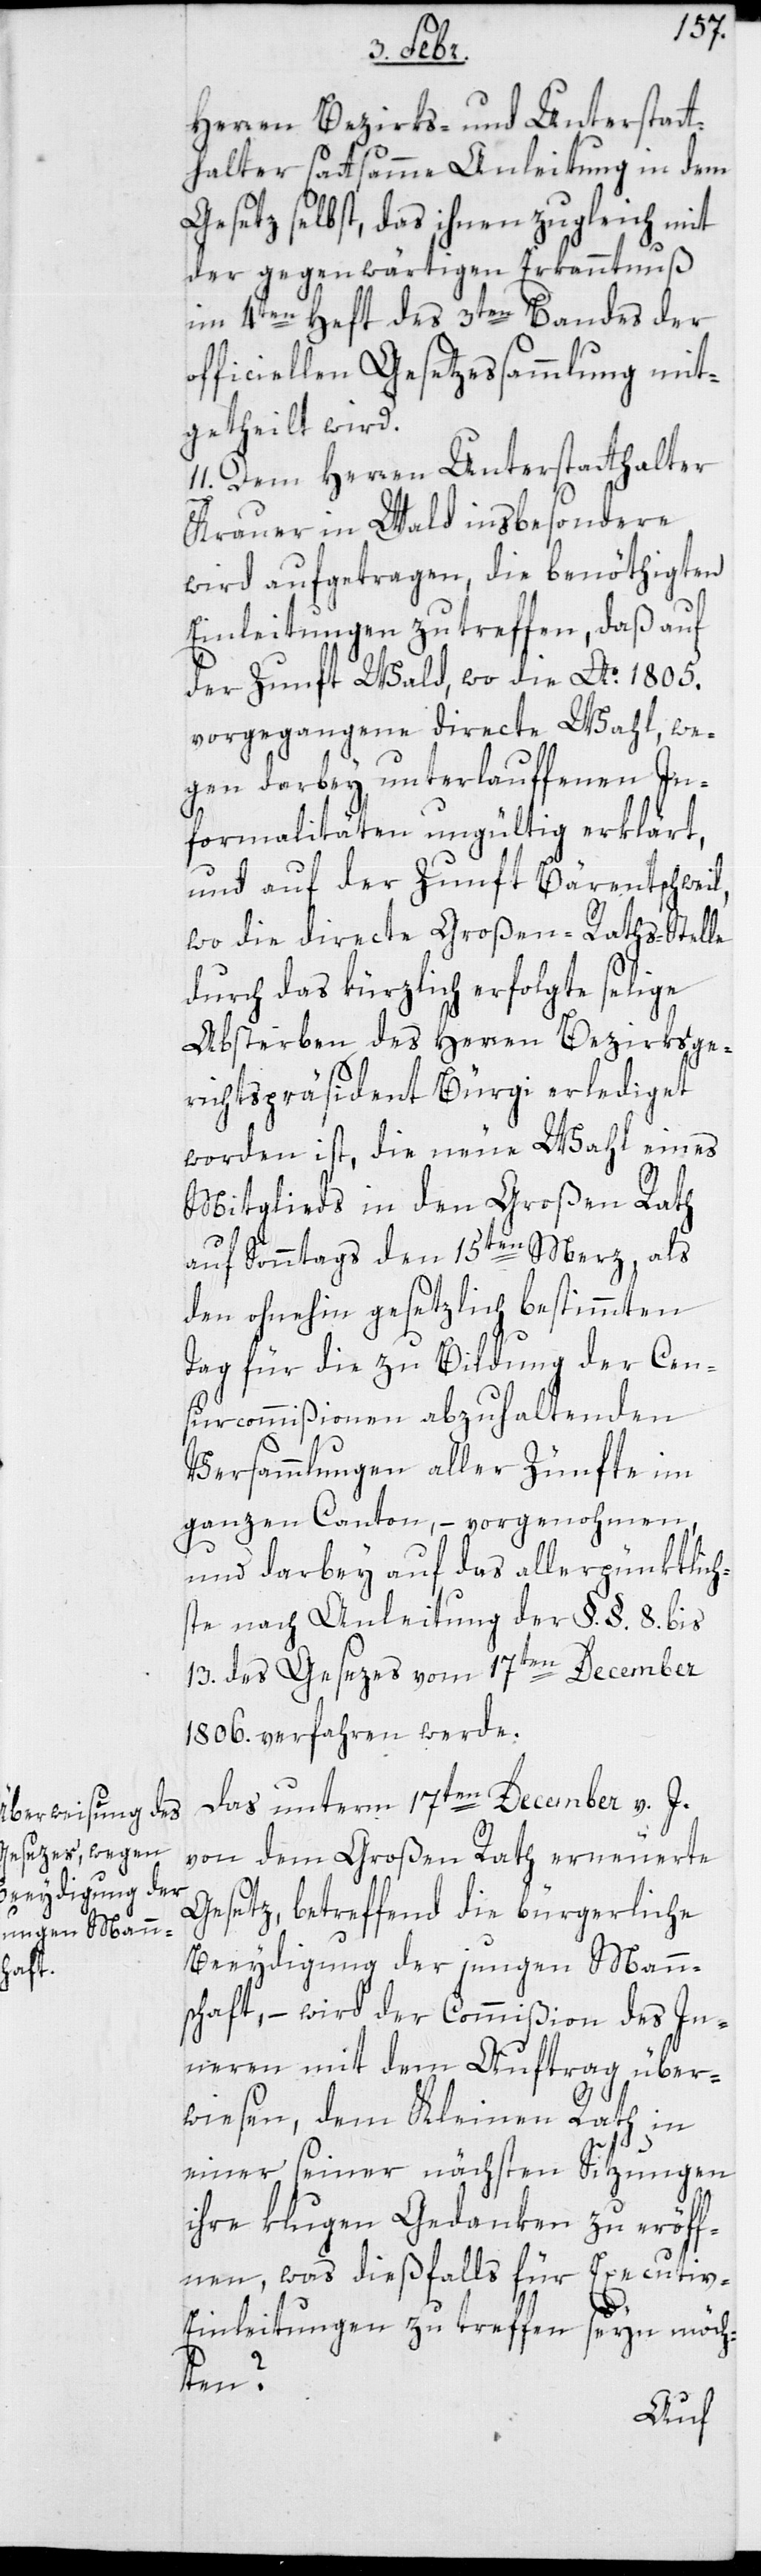
l,

Herren Bezirks- und Unterstat¬
thalter sattsamme Anleitung in dem
Gesetz selbst, das ihnen zugleich mit
der gegenwärtigen Erkanntnuß
im 4ten Heft des 3ten Bandes der
officiellen Gesetzessammlung mit¬
geteilt wird.
11. Dem Herren Unterstatthalter
Krauer in Wald insbesondere
wird aufgetragen, die benöthigten
Einleitungen zu treffen, daß auf
der Zunft Wald, wo die Ao. 1805.
vorgegangene directe Wahl, we¬
gen darbey unterlauffenen In¬
formalitäten ungültig erklärt,
und auf der Zunft Bärentschwei¬
wo die directe Großen-Raths-Stelle
durch das kürzlich erfolgte selige
Absterben des Herren Bezirksge¬
richtspräsident Bürgi erlediget
worden ist, die neue Wahl eines
Mitglieds in den Großen Rath
auf Sonntags den 15ten Merz, als
den ohnehin gesetzlich bestimmten
Tag für die zu Bildung der Cen¬
surcommißionen abzuhaltenden
Versammlungen aller Zünfte im
ganzen Canton, – vorgenohmen,
und darbei auf das allerpünktlich¬
ste nach Anleitung der §.§. 8 bis
13 des Gesetzes vom 17ten December
1806. verfahren werde.
Das unterm 17ten December v. J.
von dem großen Ratherneuerte
Gesetz, betreffend die bürgerliche
Beeydigung der jungen Mann¬
schaft, – wird der Commißion des In¬
neren mit dem Auftrag über¬
wiesen, dem Kleinen Rath in
einer seiner nächsten Sitzungen
ihre klugen Gedanken zu eröff¬
nen, was dießfalls für Executiv-E¬
inleitungen zu treffen seyn möch¬
ten?